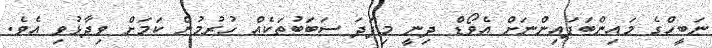
ނަބީހްގެ މައިންބަފައިންނަށް އެވޯޑް ދިނީ މިފަދަ ސަބަބުތަކެއް ހުރުމުން ކަމަށް ވިދާޅުވި އެވެ.